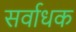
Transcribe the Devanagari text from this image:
सर्वाधक